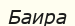
Баира